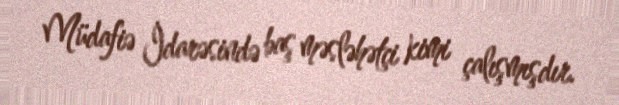
Müdafiə İdarəsində baş məsləhətçi kimi çalışmışdır.